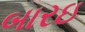
બારઇ